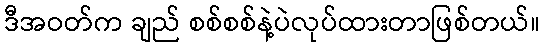
ဒီအဝတ်က ချည် စစ်စစ်နဲ့ပဲလုပ်ထားတာဖြစ်တယ်။